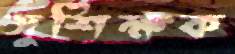
সুশিক্ষক